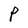
Character: P